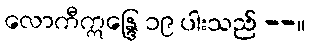
လောကီဣန္ဒြေ ၁၉ ပါးသည် --။